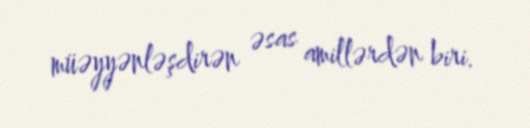
müəyyənləşdirən əsas amillərdən biri.